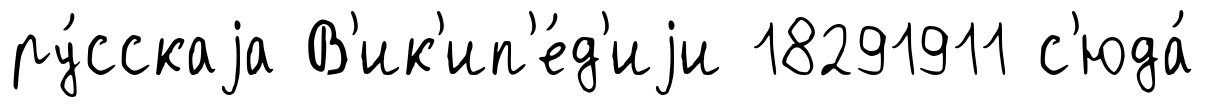
ру́сскаjа В'ик'ип'е́д'иjи 18291911 с'юда́